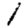
Digit: 1